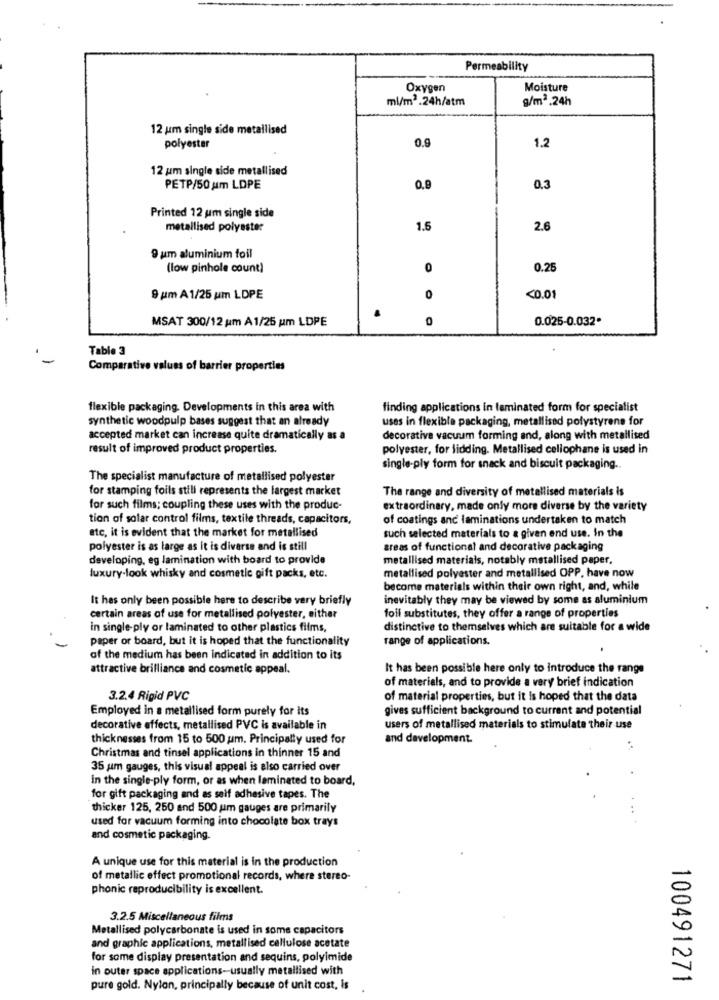
Permeability
Oxygen
Moisture
ml/m2.24h/atm
g/m2.24h
12 um single side metallised
polyester
0.9
1.2
12 um single side metallised
PETP/50 um LDPE
0.9
0.3
Printed 12 um single side
metallised polyester
1.5
2.6
9 um aluminium foil
(low pinhole count)
0
0.25
9 pm A 1/25 um LDPE
O
<0.01
MSAT 300/12 um A1/25 um LDPE
0.025-0.032.
Table 3
Comparative values of barrier properties
flexible packaging. Developments in this area with
finding applications in laminated form for specialist
synthetic woodpulp bases suggest that an already
uses in flexible packaging, metallised polystyrene for
accepted market can increase quite dramatically as a
decorative vacuum forming and, along with metallised
result of improved product properties.
polyester, for lidding. Metallised cellophane is used in
single-ply form for snack and biscuit packaging ..
The specialist manufacture of metallised polyester
for stamping foils still represents the largest market
The range and diversity of metallised materials is
for such films; coupling these uses with the produc-
extraordinary, made only more diverse by the variety
tion of solar control films, textile threads, capacitors,
of coatings anc laminations undertaken to match
etc, it is evident that the market for metallised
such selected materials to a given end use. In the
polyester is as large as it is diverse and is still
areas of functional and decorative packaging
developing, eg lamination with board to provide
metallised materials, notably metallised paper,
luxury-look whisky and cosmetic gift packs, etc.
metallised polyester and metallised OPP, have now
become materials within their own right, and, while
It has only been possible here to describe very briefly
inevitably they may be viewed by some as aluminium
certain areas of use for metallised polyester, either
foil substitutes, they offer a range of properties
in single-ply or laminated to other plastics films,
distinctive to themselves which are suitable for a wide
paper or board, but it is hoped that the functionality
range of applications.
of the medium has been indicated in addition to its
attractive brilliance and cosmetic appeal.
It has been possible here only to introduce the range
of materials, and to provide a very brief indication
3.2.4 Rigid PVC
of material properties, but it is hoped that the data
Employed in a metallised form purely for its
gives sufficient background to current and potential
decorative effects, metallised PVC is available in
users of metallised materials to stimulate their use
thicknesses from 15 to 500 um. Principally used for
and development.
Christmas and tinsel applications in thinner 15 and
35 um gauges, this visual appeal is also carried over
in the single-ply form, or as when laminated to board,
for gift packaging and as self adhesive tapes. The
thicker 125, 250 and 500 um gauges are primarily
used for vacuum forming into chocolate box trays
and cosmetic packaging.
A unique use for this material is in the production
of metallic effect promotional records, where stereo-
phonic reproducibility is excellent.
3.2.5 Miscellaneous films
Metallised polycarbonate is used in some capacitors
and graphic applications, metallised cellulose acetate
for some display presentation and sequins, polyimide
in outer space applications-usually metallised with
100491271
pure gold. Nylon, principally because of unit cost, is